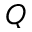
Q